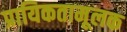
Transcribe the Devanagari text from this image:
प्रायिकतामूलक